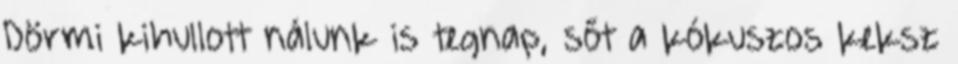
Dörmi kihullott nálunk is tegnap, sőt a kókuszos keksz